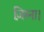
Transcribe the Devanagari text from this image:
ज़िस्ना।